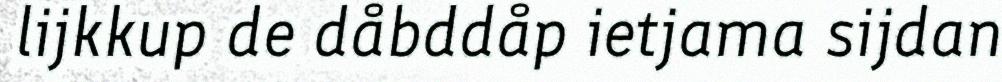
lijkkup de dåbddåp ietjama sijdan